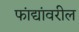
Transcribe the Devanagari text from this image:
फांद्यांवरील